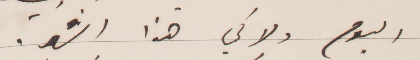
اليوم ولا في هذا الشهر.